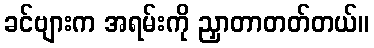
ခင်ဗျားက အရမ်းကို ညှာတာတတ်တယ်။